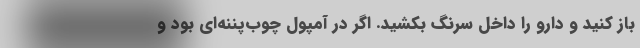
باز کنید و دارو را داخل سرنگ بکشید. اگر در آمپول چوب‌پننه‌ای بود و